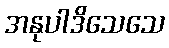
အနုပါဒိသေသေ